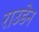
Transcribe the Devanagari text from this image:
राउडेन